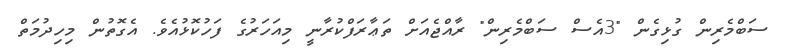
ސަބްމެރިން ގުޅިގެން "3އެސް ސަބްމެރިން" ރާއްޖެއަށް ތަޢާރަފްކުރާނީ މިއަހަރުގެ ފަހުކޮޅުއެވެ. އެގޮތުން މިހިދުމަތް